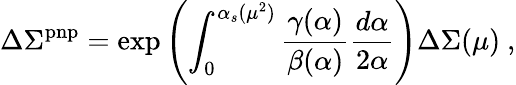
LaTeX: \Delta\Sigma^{\mathrm{pnp}}=\exp\left(\int_{0}^{\alpha_{s}(\mu^{2})}{\frac{\gamma(\alpha)}{\beta(\alpha)}}{\frac{d\alpha}{2\alpha}}\right)\Delta\Sigma(\mu)\ ,